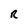
Character: R